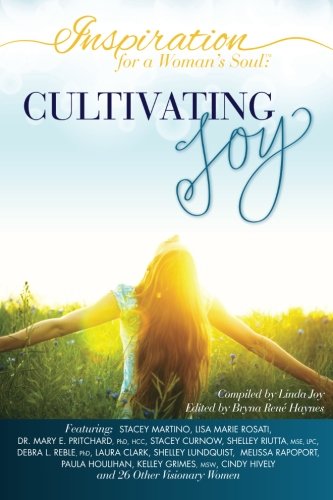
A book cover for Inspiration for a Woman's Soul: Cultivating Joy; Linda Joy; Self-Help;